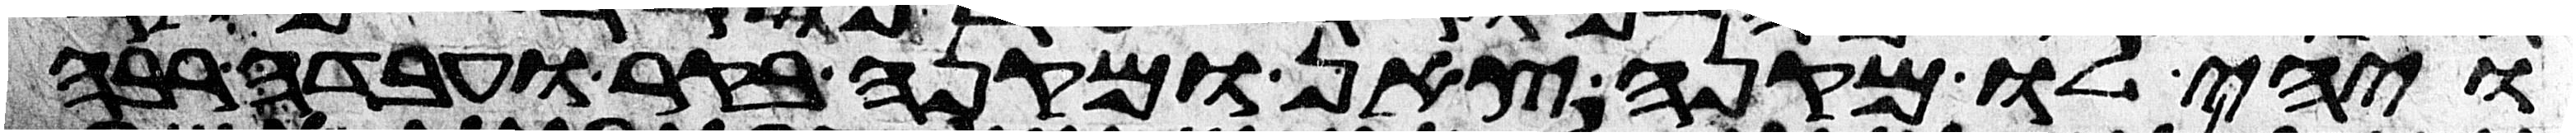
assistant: ויהי לו מקנה צאן ומקנה בקר ועבדה רבה